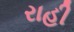
રાહી